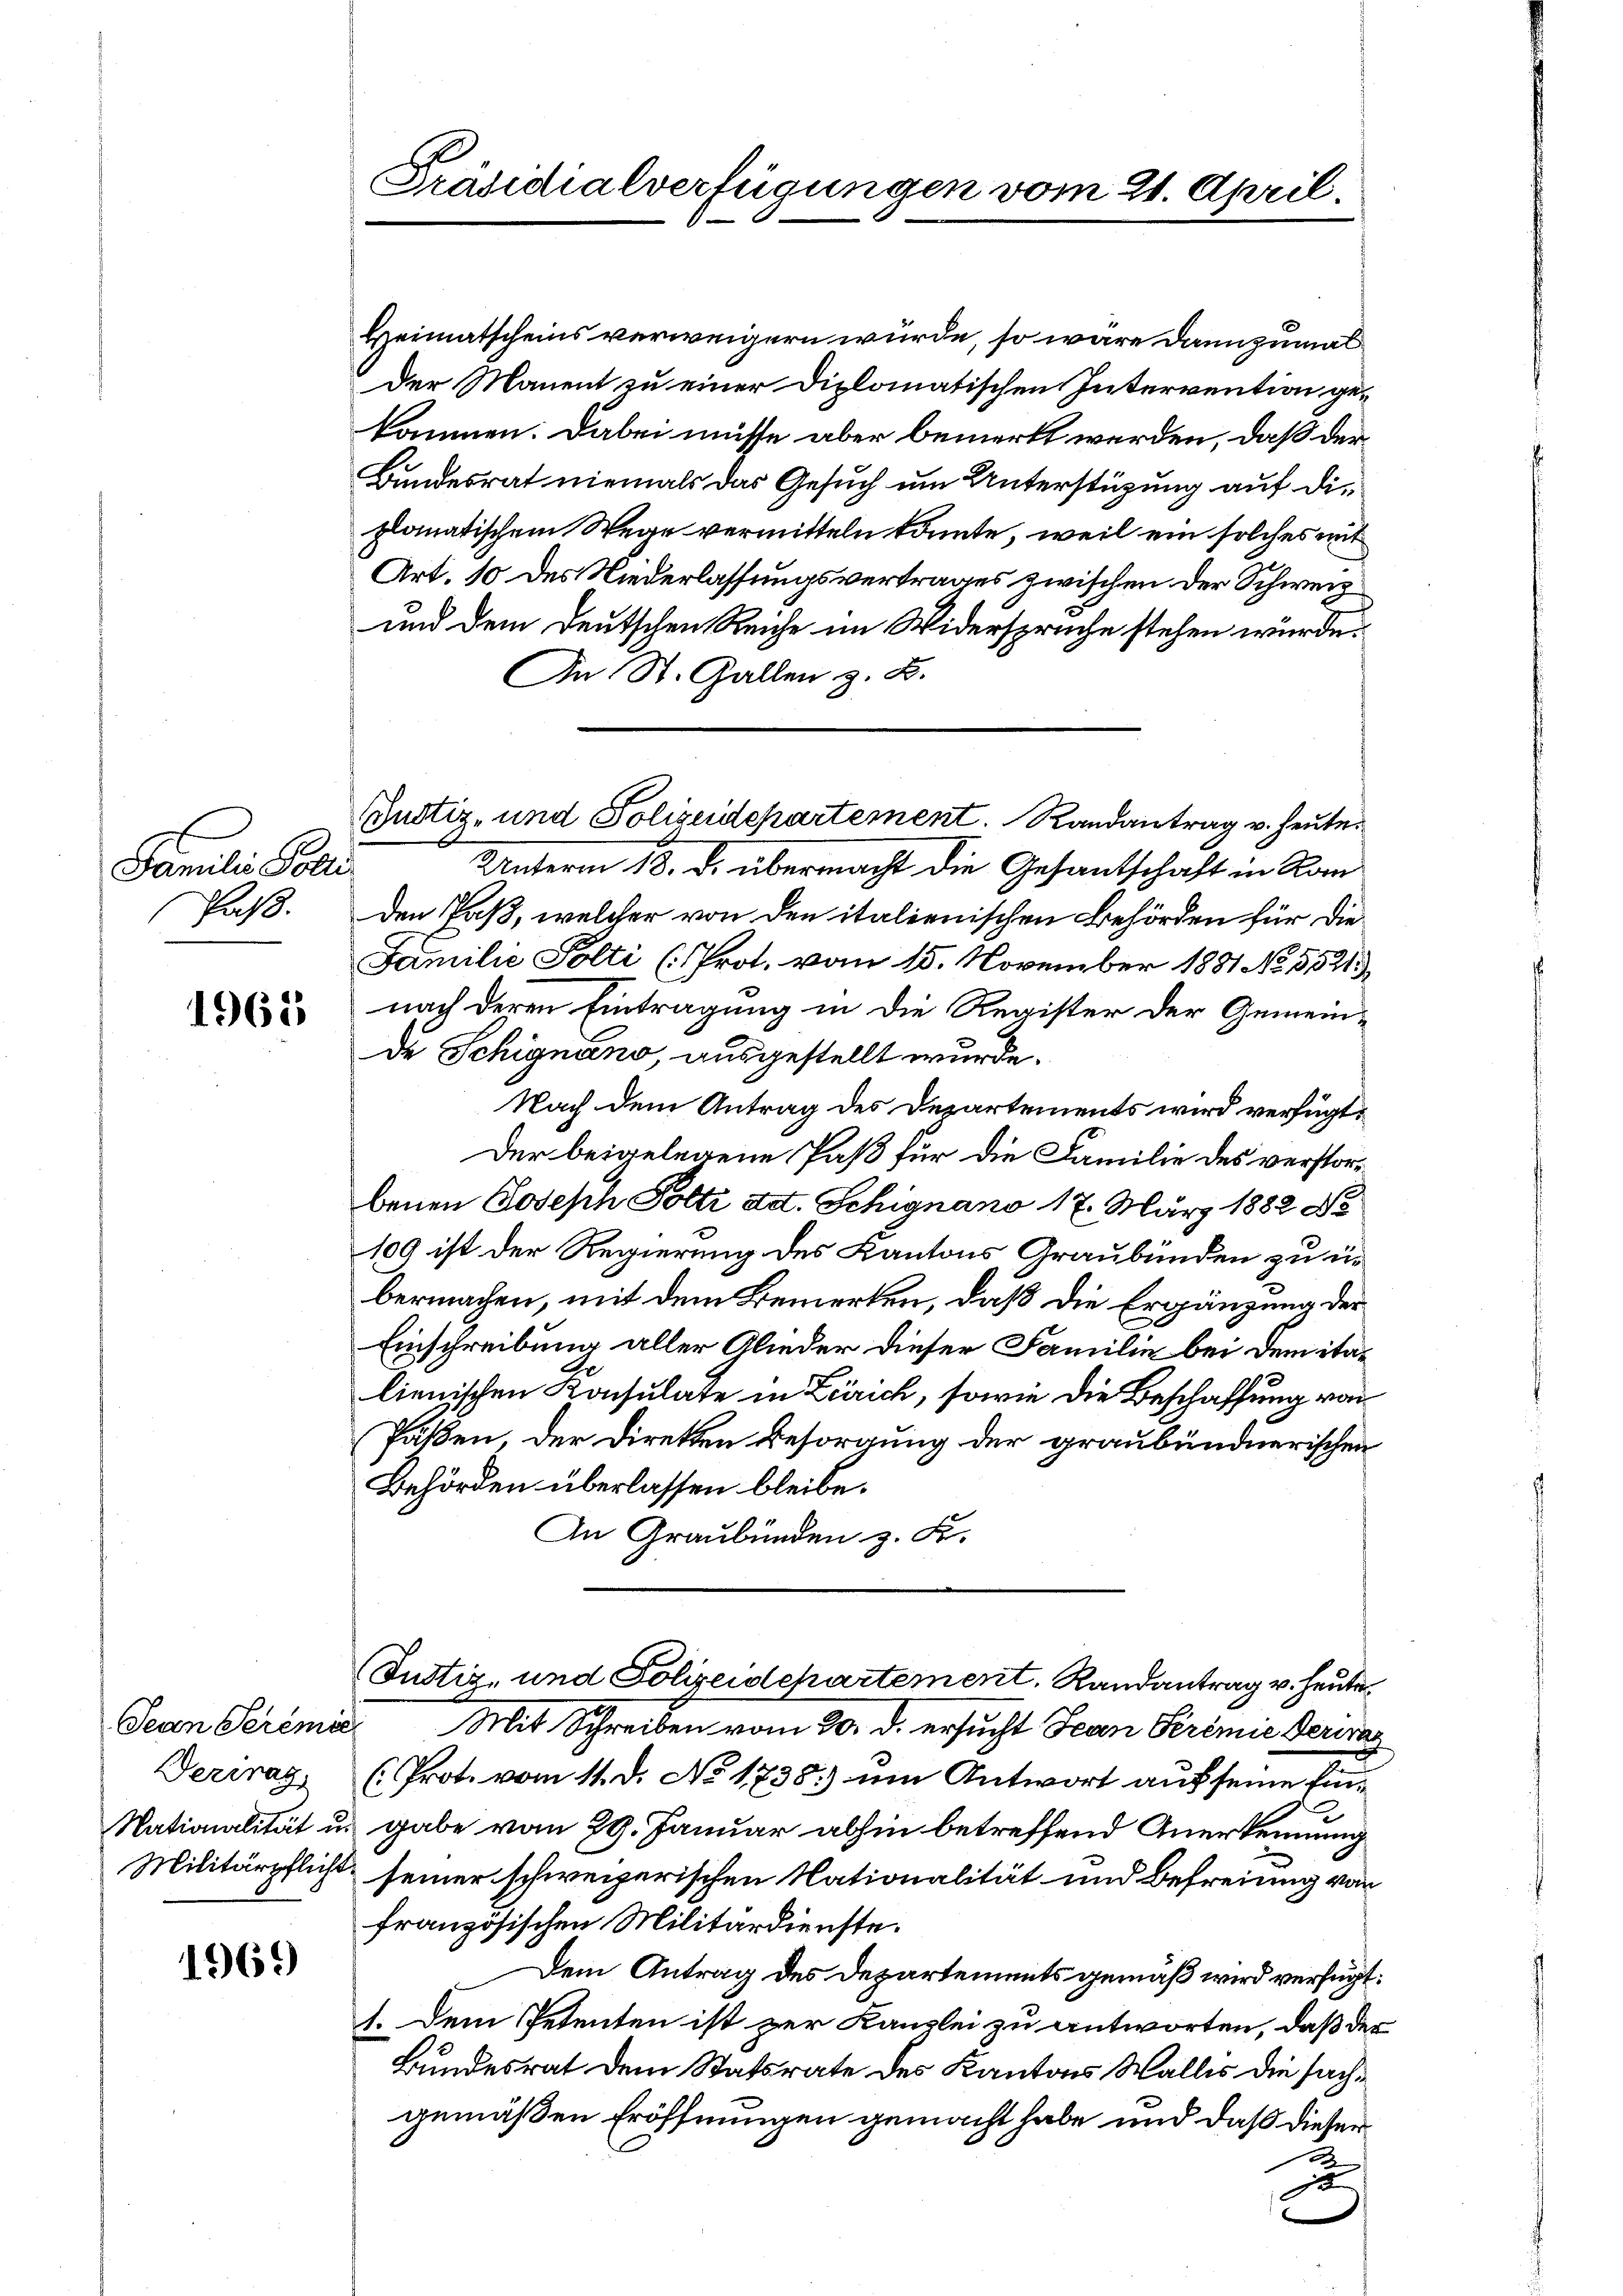
Familie Poli
Paß.

1965

Derinag

1969

Präsidialverfügungen vom 21. April.

Heimatscheins verweigern würde, so wäre dannzumal
Der Manent zu einer Diplomatischen Intervention gekommen. Dabei müsse aber bemerkt werden, daß der¬
Bundesrat niemals das Gesuch um Unterstüzung auf die
plomatischem Wege vermitteln könnte, weil ein solches mit
Art. 10 des Niederlassungsvertrages zwischen der Schweiz
und dem deutschen Reiche im Widerspruche stehen würde.
An St. Gallen z. B.
Unterm 18. d. übermacht die Gesantschaft in Kan
den Paß, welcher von den italienischen Behörden für die
Familie Polti (Prot. vom 15. November 1881 No 5521),
nach deren Eintragung in die Register der Gemeinde Schignano, ausgestellt wurde.
Nach dem Antrag des Departements wird verfügt:
Der beigelegene Paß für die Familie des verstorbenen Joseph Potti ad. Schignano 17. März 1882 No
109 ist der Regierung des Kantons Graubünden zu un
bermachen, mit dem Bemerken, daß die Ergänzung der
Einschreibung aller Glieder dieser Familie bei dem italienischen Konsulate in Zürich, sowie die Beschaffung von
Päßen, der Direkten Besorgung der graubündnerischen
Behörden überlassen bleibe.
An Graubünden z. K.
Justiz- und Polizeidepartement, Randantrag v. heute
Jean Seremie Mit Schreiben vom 20. d. ersucht Jean Seremie Ferra
( Prot. vom 11. d. No. 1738) um Antwort auf seine kei¬
Nationalität u. gabe vom 29. Januar abhin betreffend Anerkennung
Militärpflicht seiner schweizerischen Nationalität und Befreiung von
französischen Militärdienste.
Dem Antrag des Departements gemäß wird verfügt:
1. Dem Petenten ist zur Kanzlei zu antworten, daß der
Bundesrat dem Statsrate des Kantons Wallis die sachgemäßen Eröffnungen gemacht habe und daß dieser
2
x

Justiz- und Polizeidepartement. Randantrag v. heute.